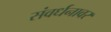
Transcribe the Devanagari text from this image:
संवर्धनावर